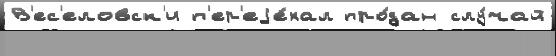
В'ес'еловск'и п'ер'еjе́хал про́дан слу́чай